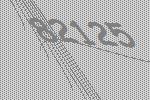
82125